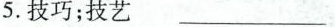
5.技巧；技艺 ___